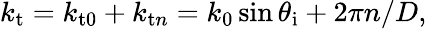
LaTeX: k_{\mathrm{t}}=k_{\mathrm{t0}}+k_{\mathrm{t}n}=k_{0}\sin{\theta_{\mathrm{i}}+2\pi}n/D,